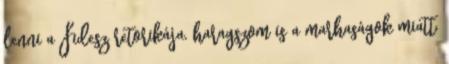
lenni a Fidesz retorikája, haragszom is a marhaságok miatt,